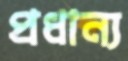
প্রধান্য